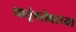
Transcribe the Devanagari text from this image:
धातूंबरोबरच्या